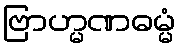
ဗြာဟ္မဏဓမ္မံ